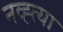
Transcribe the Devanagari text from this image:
नव्ह्त्या